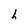
Character: h